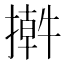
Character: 𢵕